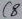
Text: C8